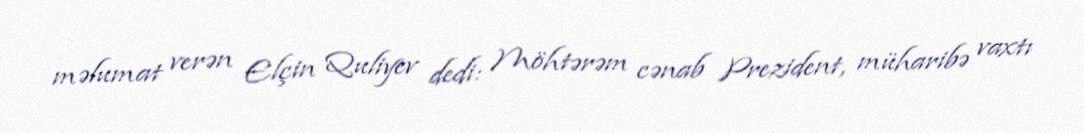
məlumat verən Elçin Quliyev dedi: Möhtərəm cənab Prezident, müharibə vaxtı